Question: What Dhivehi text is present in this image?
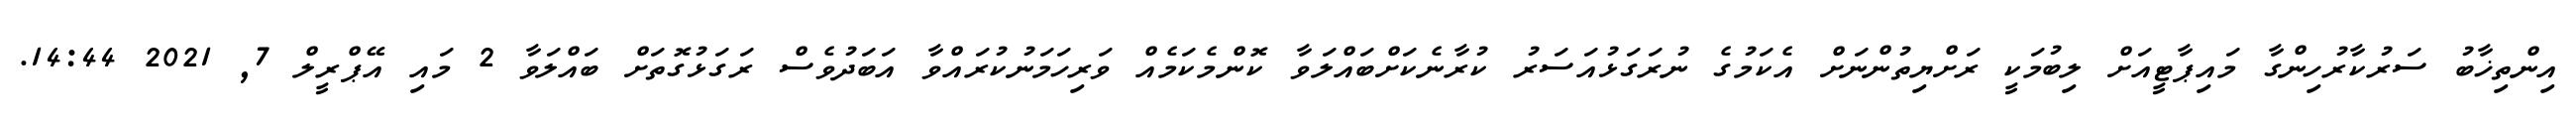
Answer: އިންތިޚާބު ސަރުކާރުހިންގާ މައިޕާޓީއަށް ލިބުމަކީ ރަށްޔިތުންނަށް އެކަމުގެ ނުރަގަޅުއަސަރު ކުރާނެކަށްބައްލަވާ ކޮންމެކަމެއް ވަރިހަމަނުކުރައްވާ އަބަދުވެސް ރަގަޅުގޮތަށް ބައްލަވާ 2 މައި އޭޕްރީލް 7, 2021 14:44.